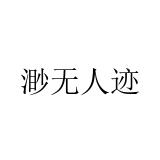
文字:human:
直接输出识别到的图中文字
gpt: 渺无人迹